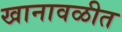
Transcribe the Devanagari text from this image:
खानावळीत